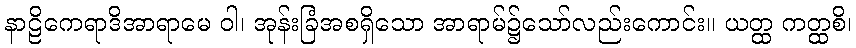
နာဠိကေရာဒိအာရာမေ ဝါ၊ အုန်းခြံအစရှိသော အာရာမ်၌သော်လည်းကောင်း။ ယတ္ထ ကတ္ထစိ၊